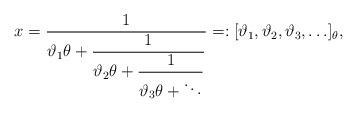
LaTeX: \begin{align*}x = \frac{1}{\displaystyle \vartheta_1\theta+\frac{1}{\displaystyle \vartheta_2\theta+ \frac{1}{\displaystyle \vartheta_3\theta + \ddots} }} =: [\vartheta_1, \vartheta_2, \vartheta_3, \ldots]_{\theta}, \end{align*}